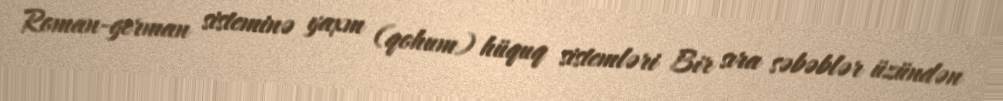
Roman-german sisteminə yaxm (qohum) hüquq sistemləri Bir sıra səbəblər üzündən